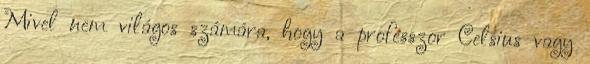
Mivel nem világos számára, hogy a professzor Celsius vagy